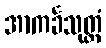
အာကင်္ခသုတ္တံ